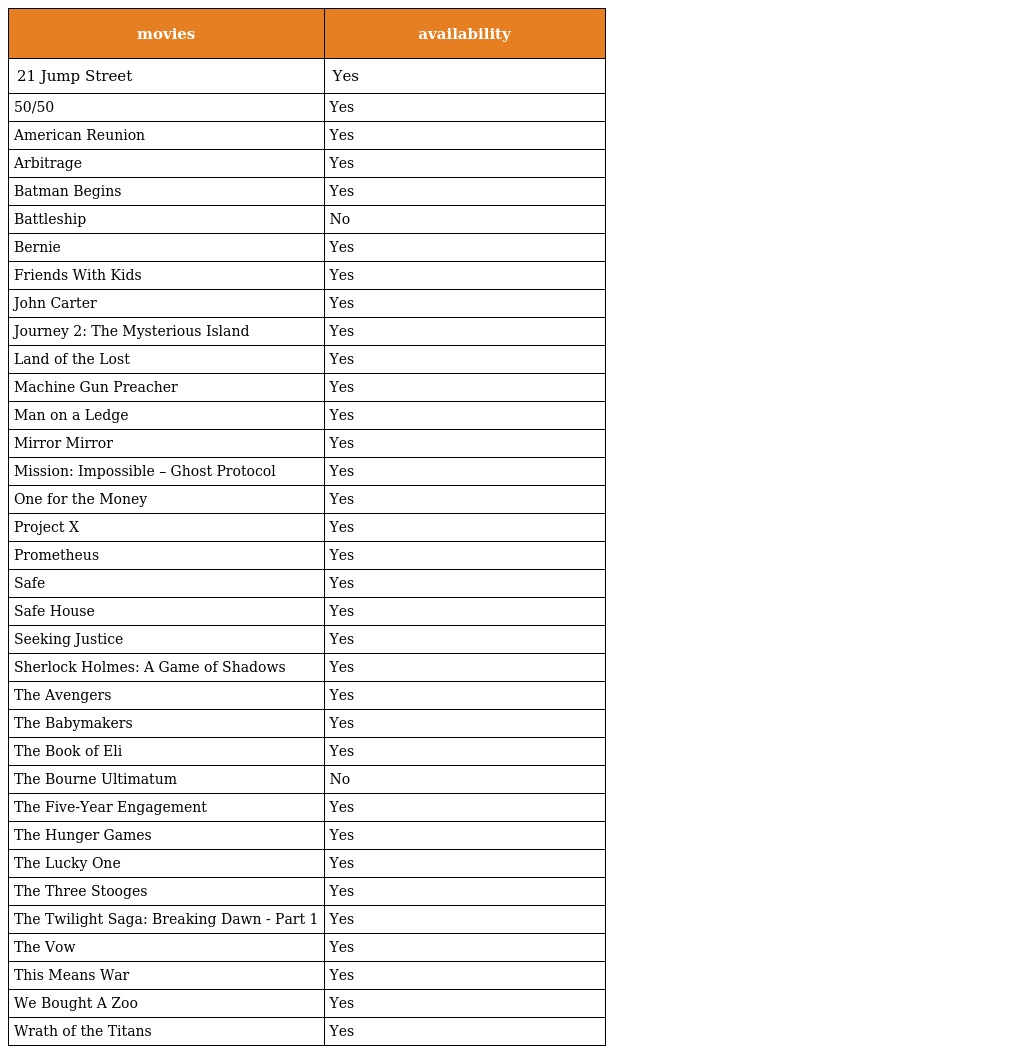
| movies | availability |
 | --- | --- |
 | 21 Jump Street | Yes |
 | 50/50 | Yes |
 | American Reunion | Yes |
 | Arbitrage | Yes |
 | Batman Begins | Yes |
 | Battleship | No |
 | Bernie | Yes |
 | Friends With Kids | Yes |
 | John Carter | Yes |
 | Journey 2: The Mysterious Island | Yes |
 | Land of the Lost | Yes |
 | Machine Gun Preacher | Yes |
 | Man on a Ledge | Yes |
 | Mirror Mirror | Yes |
 | Mission: Impossible – Ghost Protocol | Yes |
 | One for the Money | Yes |
 | Project X | Yes |
 | Prometheus | Yes |
 | Safe | Yes |
 | Safe House | Yes |
 | Seeking Justice | Yes |
 | Sherlock Holmes: A Game of Shadows | Yes |
 | The Avengers | Yes |
 | The Babymakers | Yes |
 | The Book of Eli | Yes |
 | The Bourne Ultimatum | No |
 | The Five-Year Engagement | Yes |
 | The Hunger Games | Yes |
 | The Lucky One | Yes |
 | The Three Stooges | Yes |
 | The Twilight Saga: Breaking Dawn - Part 1 | Yes |
 | The Vow | Yes |
 | This Means War | Yes |
 | We Bought A Zoo | Yes |
 | Wrath of the Titans | Yes |